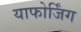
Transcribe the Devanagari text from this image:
याफोर्जिंग